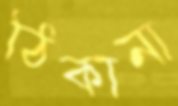
ঠিকানা